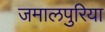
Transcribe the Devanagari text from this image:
जमालपुरिया